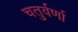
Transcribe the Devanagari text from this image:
चतुर्वर्णा